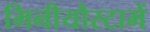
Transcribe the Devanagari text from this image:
मिनीयौस्टामें